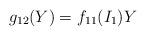
LaTeX: \begin{align*}g_{12}(Y)=f_{11}(I_1)Y\end{align*}